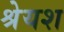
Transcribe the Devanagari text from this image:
श्रेयश